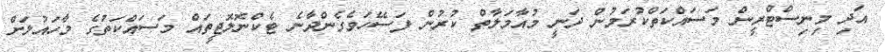
އަދި މިނިސްޓްރީން މަސައްކަތްކުރަމުން ދަނީ މުއާމަލާތް ކުރުން ފަސޭހަވެގެންދާނެ ޓެކްނޮލޮޖީތައް މަސައްކަތުގެ މާހައުލަށް